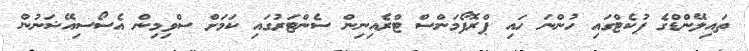
ތައިލޭންޑްގެ ޕުކެޓްގައި ހުންނަ ހައި ޕްރޮފޯމަންސް ޓްރެއިނިން ސެންޓަރުގައި ކަމަށް ސްވިމިން އެސޯސިއޭޝަނުން